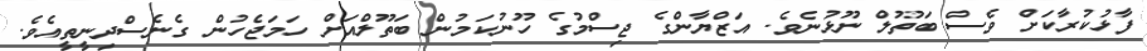
ފާޅުކުރާކަށް ވެސް ބަތޫލް ނޫޅުނެވެ. އަޒްޔާންގެ ޖިސްމުގެ ހޫނުކަމުން ބަތޫލްއަށް ހަމަޖެހުން ގެނެސްދިނީތީއެވެ.